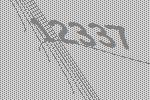
12337